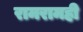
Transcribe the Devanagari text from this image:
रामरामही